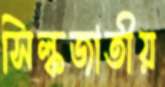
সিল্কজাতীয়